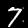
Digit: 7